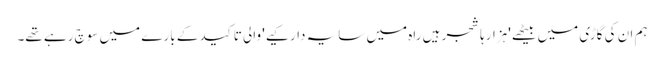
ہم ان کی گاڑی میں بیٹھے 'ہزارہا شجر ہیں راہ میں سایہ دار کیے' والی تاکید کے بارے میں سوچ رہے تھے۔